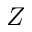
Z